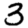
Digit: 3